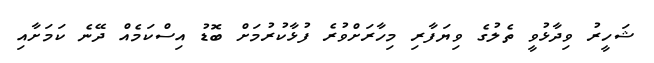
ޝަހީރު ވިދާޅުވީ ތެލުގެ ވިޔަފާރި މިހާރަށްވުރެ ފުޅާކުރުމަށް ބޮޑު އިސްކަމެއް ދޭނެ ކަމަށާއި